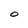
Character: O